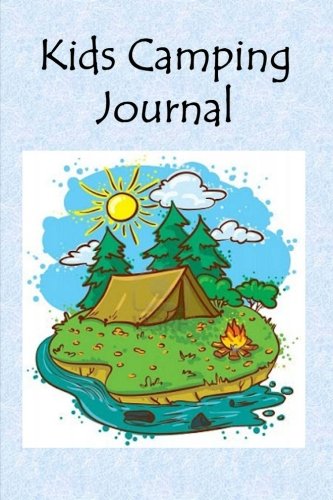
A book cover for Kids Camping Journal; Tom Alyea; Children's Books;